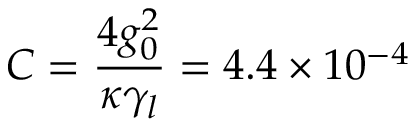
C = \frac { 4 g _ { 0 } ^ { 2 } } { \kappa \gamma _ { l } } = 4 . 4 \times 1 0 ^ { - 4 }